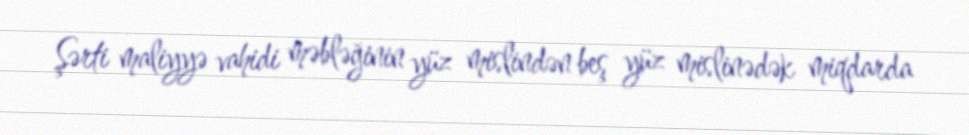
Şərti maliyyə vahidi məbləğinin yüz mislindən beş yüz mislinədək miqdarda